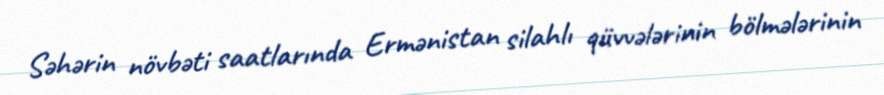
Səhərin növbəti saatlarında Ermənistan silahlı qüvvələrinin bölmələrinin